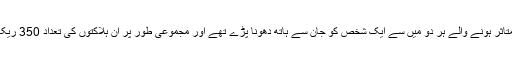
اس وائرس سے متاثر ہونے والے ہر دو میں سے ایک شخص کو جان سے ہاتھ دھونا پڑے تھے اور مجموعی طور پر ان ہلاکتوں کی تعداد 350 ریکارڈ کی گئی تھی۔